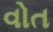
વોત